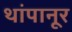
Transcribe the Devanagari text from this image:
थांपानूर